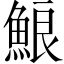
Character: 𩷕